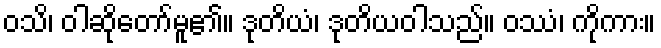
ဝသိ၊ ဝါဆိုတော်မူ၏။ ဒုတိယံ၊ ဒုတိယဝါသည်။ ဝဿံ၊ ကိုကား။